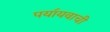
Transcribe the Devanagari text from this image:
पया॔यवाची